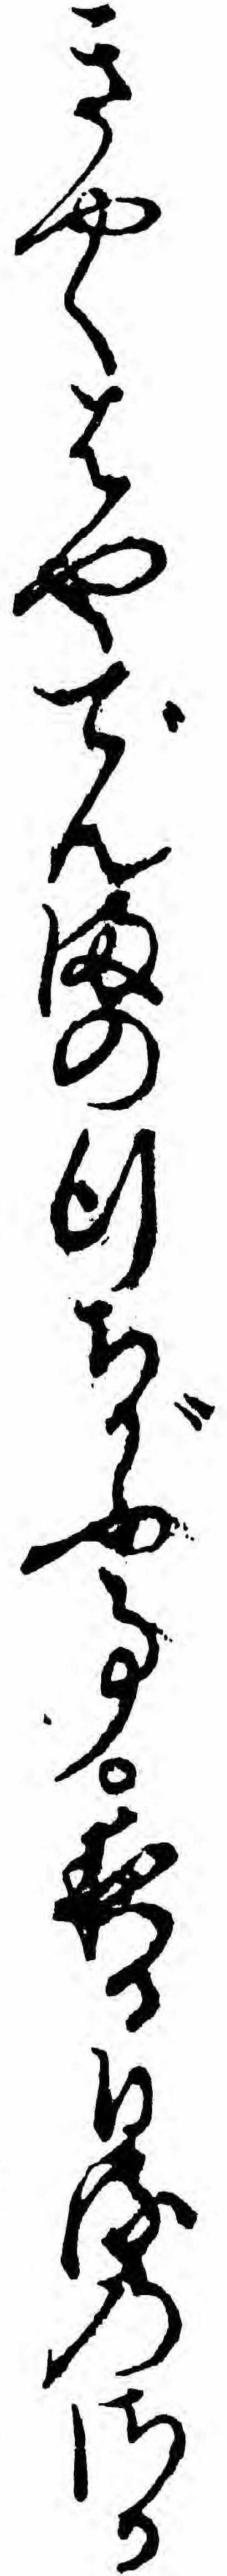
きやくはやでんまの行ちがふ事夜る日るのさか